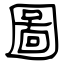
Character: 圖